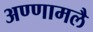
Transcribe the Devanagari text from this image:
अण्णामलै